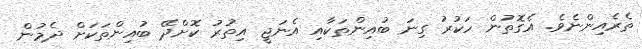
ތެރެއިންނެވެ. އެގޮތުން ހަކުރު ގިނަ ބުއިންތަކާއި އެނަޖީ އިތުރު ކޮށްދޭ ބުއިންތަކަށް ދެމުން